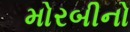
મોરબીનો